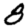
Digit: 8